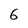
Character: 6